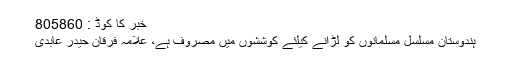
خبر کا کوڈ : 805860
ہندوستان مسلسل مسلمانوں کو لڑانے کیلئے کوششوں میں مصروف ہے، علامہ فرقان حیدر عابدی